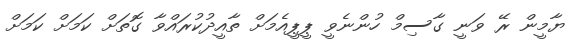
ޔާމީން ރޭ ވަނީ ގާސިމް ހުންނެވީ ޕީޕީއެމަށް ތާއީދުކުރައްވާ ގޮތަށް ކަމަށް ކަމަށް